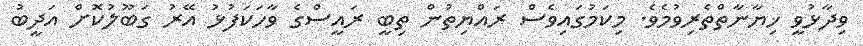
ވިދާޅުވީ ޚިޔާނާތްތެރިވުމެވެ. މިކަމުގައިވެސް ރައްޔިތުން ތިބީ ރައީސްގެ ވާހަކަފުޅު އޭރު ގަބޫލުކޮށް އަދީބު